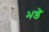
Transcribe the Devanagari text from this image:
भडे